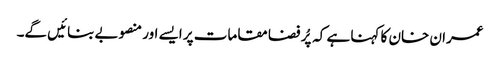
عمران خان کا کہنا ہے کہ پُر فضا مقامات پر ایسے اور منصوبے بنائیں گے۔